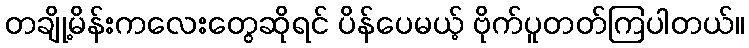
တချို့မိန်းကလေးတွေဆိုရင် ပိန်ပေမယ့် ဗိုက်ပူတတ်ကြပါတယ်။